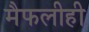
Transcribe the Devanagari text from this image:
मैफलीही